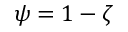
\psi = 1 - \zeta